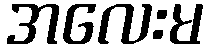
အလေးမ